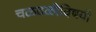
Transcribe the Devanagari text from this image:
चळवळीविषयी